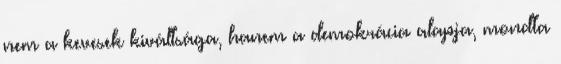
nem a kevesek kiváltsága, hanem a demokrácia alapja, mondta